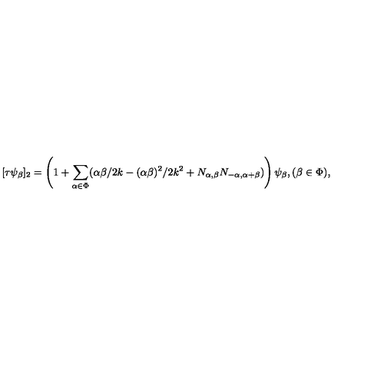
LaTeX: [ \tau \psi _ { \beta } ] _ { 2 } = \left( 1 + \sum _ { \alpha \in \Phi } ( \alpha \beta / 2 k - ( \alpha \beta ) ^ { 2 } / 2 k ^ { 2 } + N _ { \alpha , \beta } N _ { - \alpha , \alpha + \beta } ) \right) \psi _ { \beta } , ( \beta \in \Phi ) ,